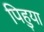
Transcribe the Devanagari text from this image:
पिहुया